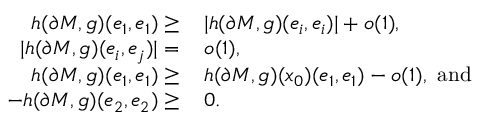
\begin{array} { r l } { h ( \partial M , g ) ( e _ { 1 } , e _ { 1 } ) \geq \, } & { | h ( \partial M , g ) ( e _ { i } , e _ { i } ) | + o ( 1 ) , } \\ { | h ( \partial M , g ) ( e _ { i } , e _ { j } ) | = \, } & { o ( 1 ) , } \\ { h ( \partial M , g ) ( e _ { 1 } , e _ { 1 } ) \geq \, } & { h ( \partial M , g ) ( x _ { 0 } ) ( e _ { 1 } , e _ { 1 } ) - o ( 1 ) , \mathrm { ~ a n d } } \\ { - h ( \partial M , g ) ( e _ { 2 } , e _ { 2 } ) \geq \, } & { 0 . } \end{array}